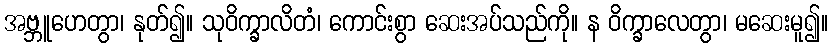
အဗ္ဘူဟေတွာ၊ နုတ်၍။ သုဝိက္ခာလိတံ၊ ကောင်းစွာ ဆေးအပ်သည်ကို။ န ဝိက္ခာလေတွာ၊ မဆေးမူ၍။